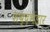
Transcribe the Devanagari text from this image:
शब्दभंड़ार